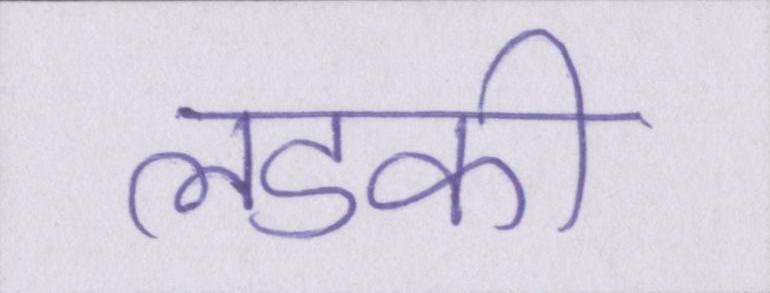
लडकी